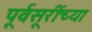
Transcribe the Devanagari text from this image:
पूर्वसूरींच्या